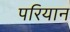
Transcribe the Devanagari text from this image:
परियान